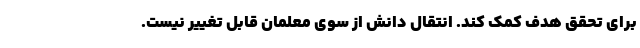
برای تحقق هدف کمک کند. انتقال دانش از سوی معلمان قابل تغییر نیست.